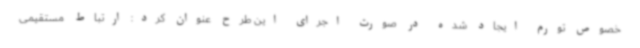
خصوص تورم ایجاد شده در صورت اجرای این طرح عنوان کرد: ارتباط مستقیمی